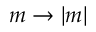
m \rightarrow | m |